Narva_kinnistusamet, lk 23
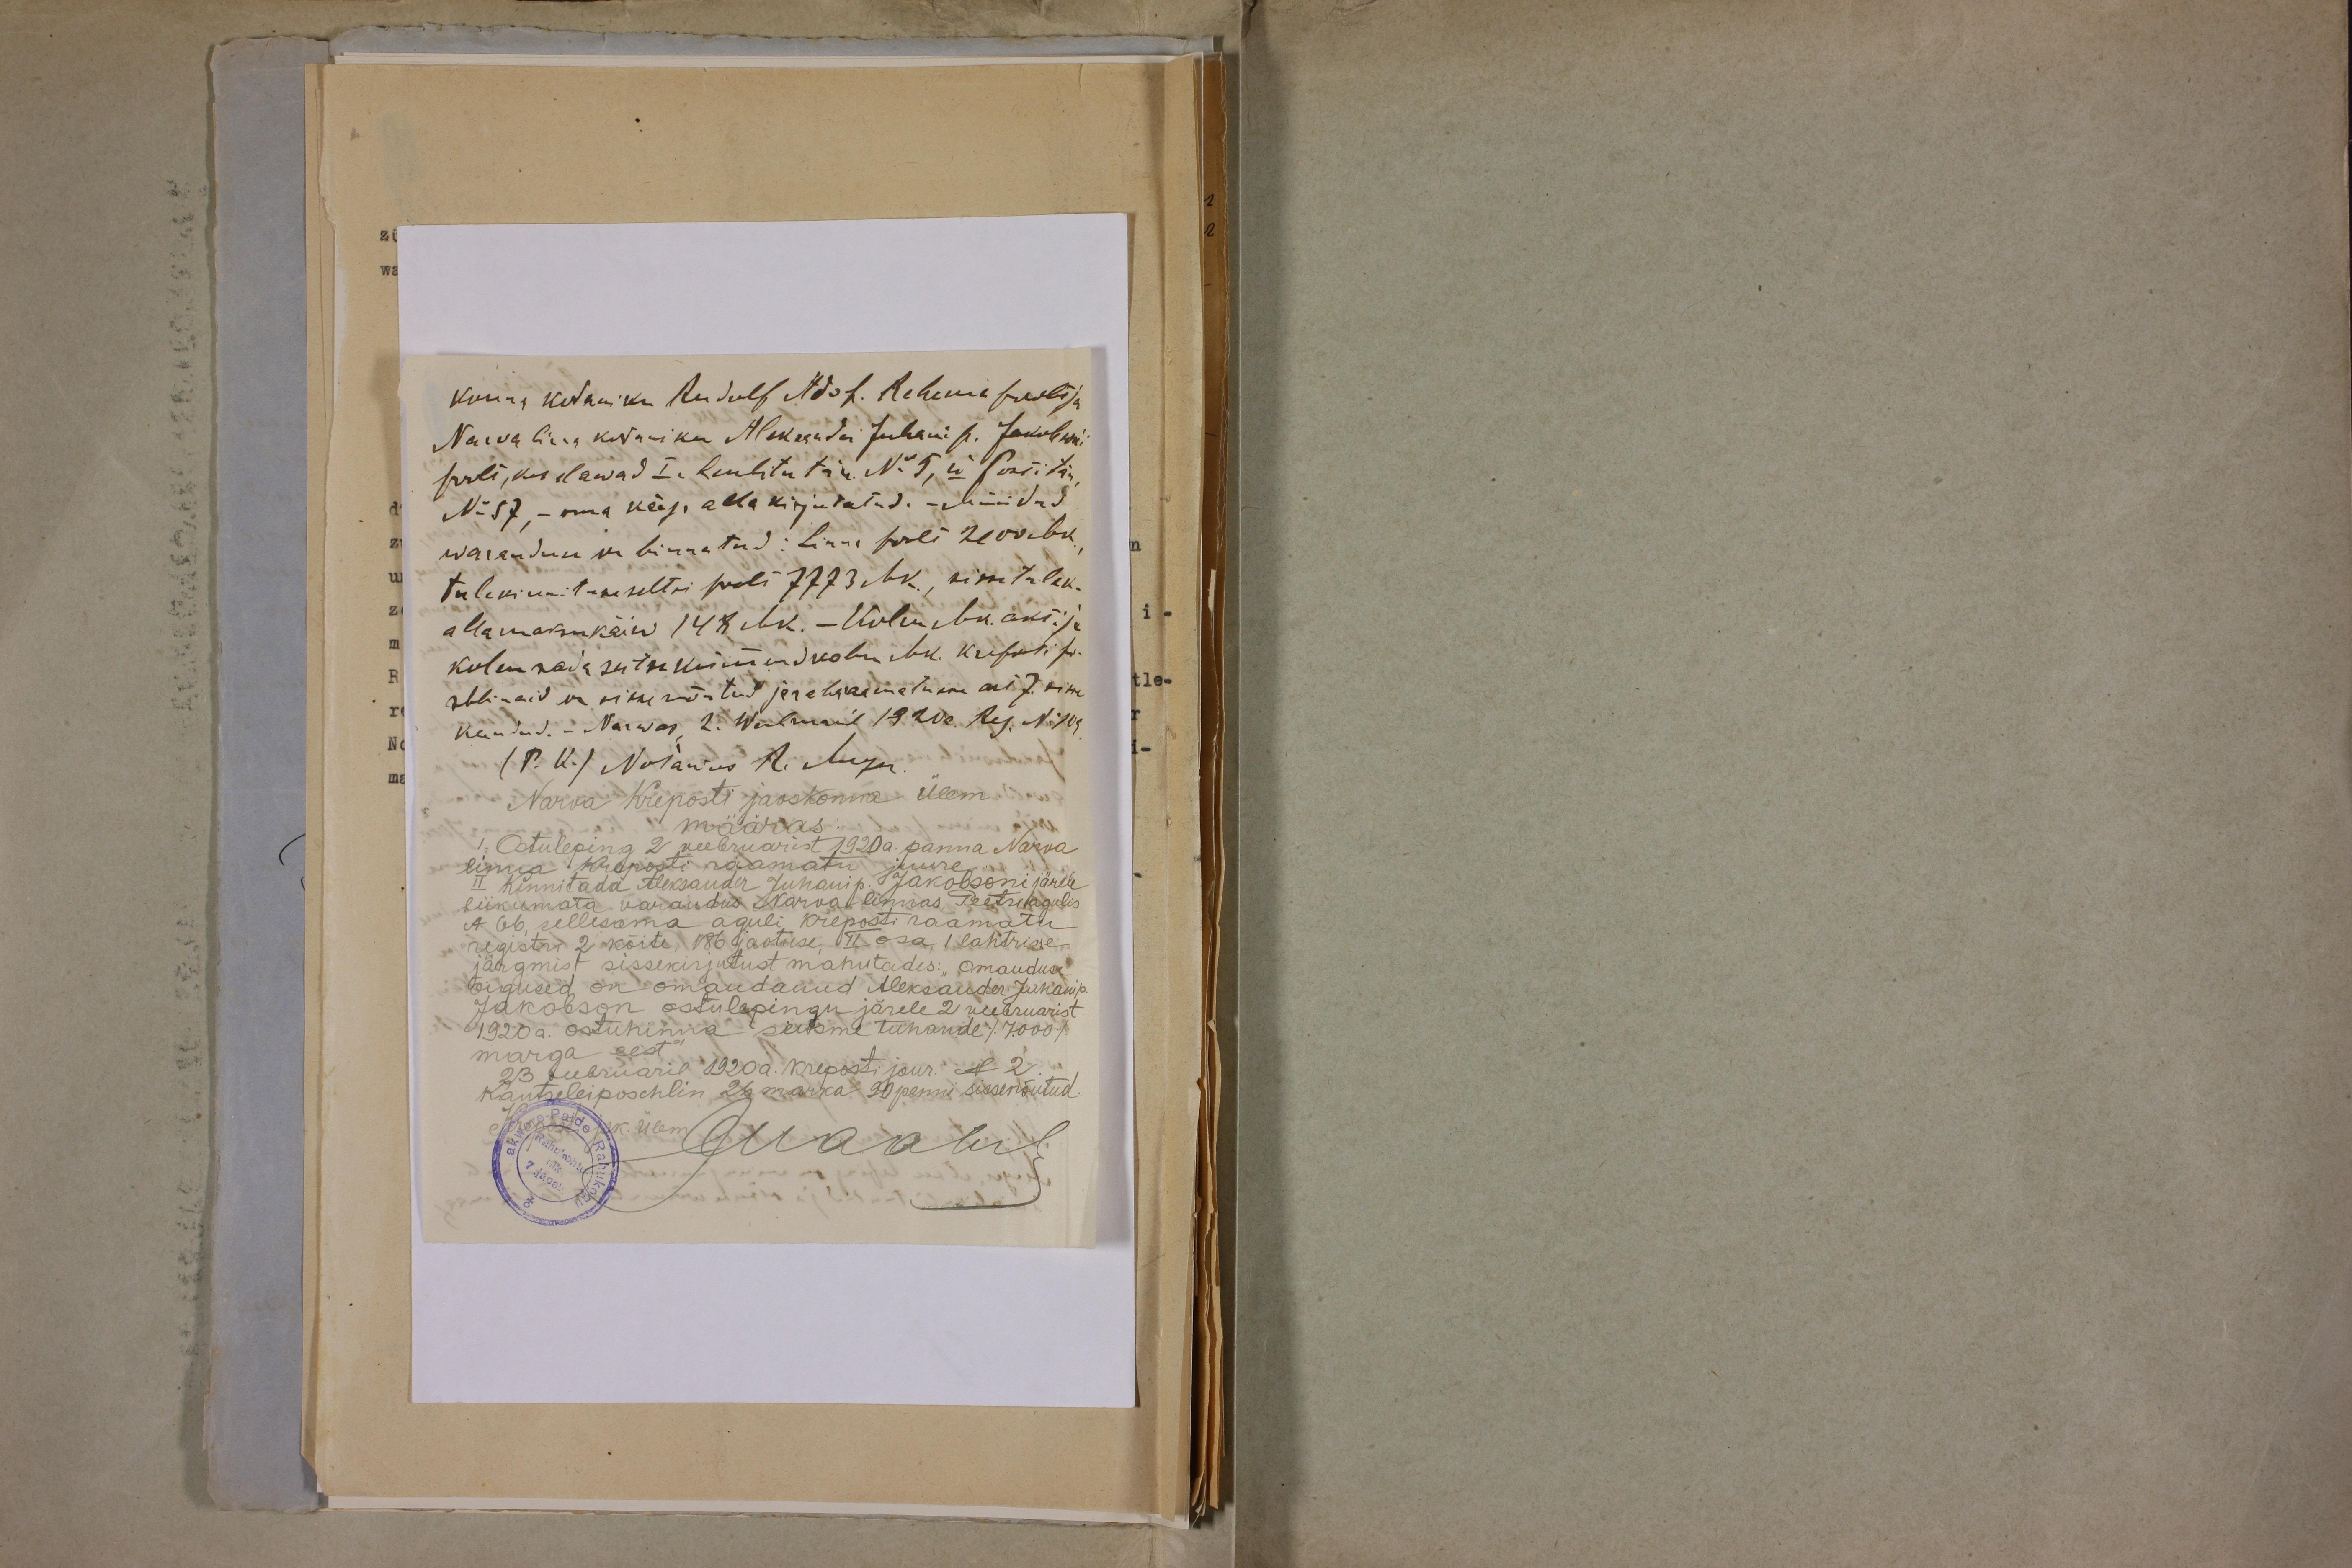
konna kodaniku Rudolf Adof. Rehema feoli ja
Narva linna kodaniku Aleksander Juhani p. Jakobsoni
poolt, kes elawad I. Lembitu tän. Nr. 5, II Suur tä
N:57,- oma käega alla kirjutatud. - Müüdud
waranduse on hinnatud: Linna poolt 2 000 Mk
tulekinnitamise seltsi poolt 7773 Mk, sissetulek
allamaksukäiw 148 Mk. - Kolm Mk. akt:/
kolm sada seitse kümmendkolm Mk. Kurski pa-
rublaid on nime wõetud ja rahwaamatakku asi 7. siis
kandud. - Narwas, 2. Webruaril 1920a. Reg. N:109
(P. K.) Notariks R. Agga
Narva Kreposti jaoskonna ülem
määras
1. Ostuleping 2 veebruarist 1920 a. panna Narva
linna kreposti raamatu juure.
II kinnitada Alexander Juhani p. Jakobsoni järele
liikumata varandus Narva linnas Peetri agulis
N 66 sellesama aguli kreposti raamatu
registri 2 kõite 186 jaotuse II osa 1 lahtrisse
järgmist sissekirjutust mahutades: Omanduse
õigused on omandanud Aleksander Juhani p
Jakobson ostulepingu järele 2 veebruarist
1920 a. ostuhinna seisme tuhande /7000/
marga eest"
23.veebruaril 1920.a kreposti jour. N2.
Kantseleiposchlin 26 marka 90 penni sissenõutud.
Слаавия